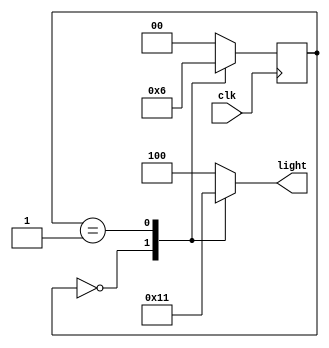
`timescale 1ns / 1ps
//////////////////////////////////////////////////////////////////////////////////
// Company: Self
// 
// Design Name: 
// Module Name: Traffic_Signal
// Project Name: 
// Target Devices: 
// Tool Versions: 
// Description: 
// 
// Dependencies: 
// 
// Revision:
// Revision 0.01 - File Created
// Additional Comments:
// 
//////////////////////////////////////////////////////////////////////////////////


module Traffic_Signal(clk, light);
input clk;
output reg [2:0] light;

reg [1:0] state;

parameter RED = 3'b100, GREEN = 3'b010, YELLOW = 3'b001;
parameter S0 = 0, S1 = 1, S2 = 2;

always @(posedge clk)
case(state)
S0: state <= S1;
S1: state <= S2;
S2: state <= S0;
default: state <= S0;
endcase

always @(state)
case(state)
S0: light = GREEN;
S1: light = YELLOW;
S2: light = RED;
default: light = RED;
endcase
endmodule